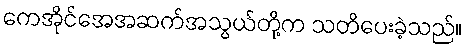
ကေအိုင်အေအဆက်အသွယ်တို့က သတိပေးခဲ့သည်။